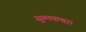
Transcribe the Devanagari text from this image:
सुम्मकथा।